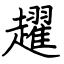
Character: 趯